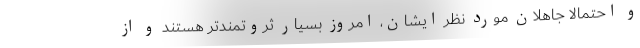
و احتمالاً جاهلان مورد نظر ایشان، امروز بسیار ثروتمندتر هستند و از